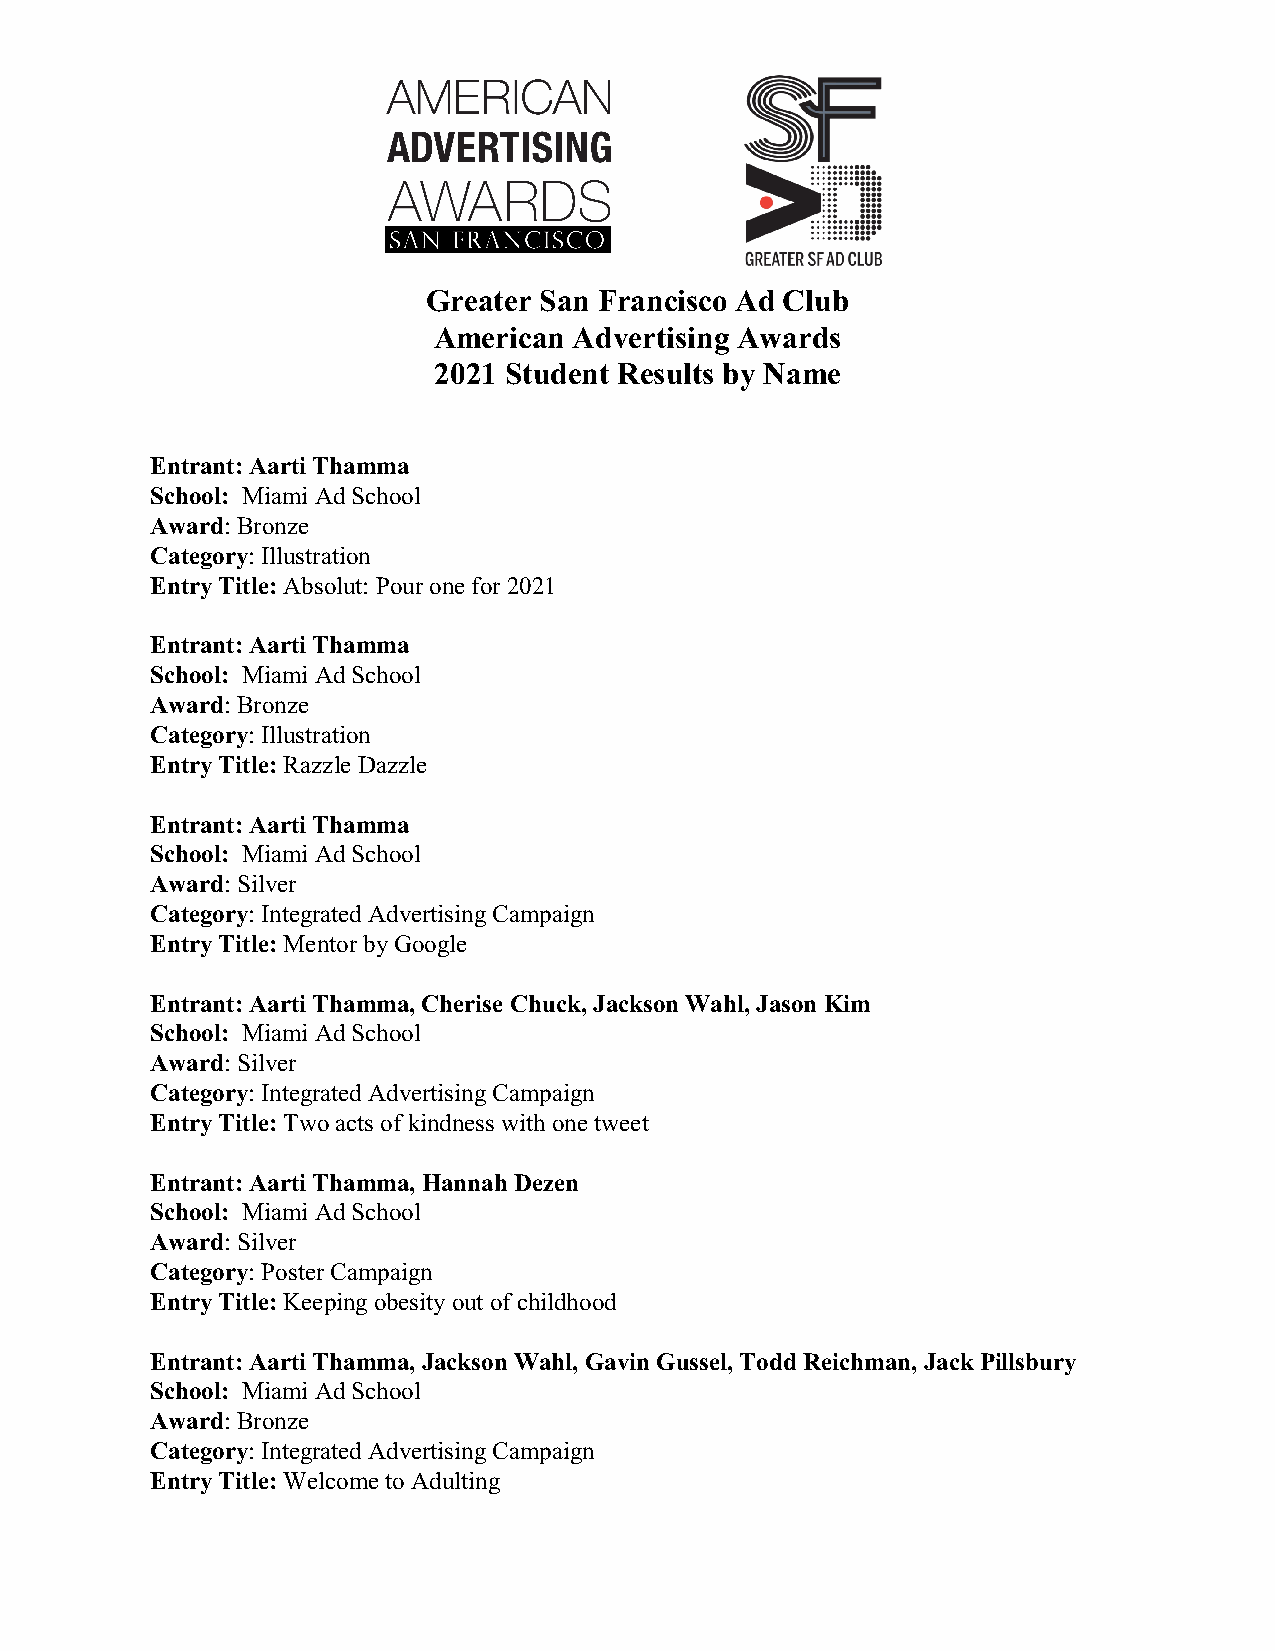
Greater San Francisco Ad Club
 American Advertising Awards
 2021 Student Results by Name
 Entrant: Aarti Thamma
 School: Miami Ad School
 Award: Bronze
 Category: Illustration
 Entry Title: Absolut: Pour one for 2021
 Entrant: Aarti Thamma
 School: Miami Ad School
 Award: Bronze
 Category: Illustration
 Entry Title: Razzle Dazzle
 Entrant: Aarti Thamma
 School: Miami Ad School
 Award: Silver
 Category: Integrated Advertising Campaign
 Entry Title: Mentor by Google
 Entrant: Aarti Thamma, Cherise Chuck, Jackson Wahl, Jason Kim
 School: Miami Ad School
 Award: Silver
 Category: Integrated Advertising Campaign
 Entry Title: Two acts of kindness with one tweet
 Entrant: Aarti Thamma, Hannah Dezen
 School: Miami Ad School
 Award: Silver
 Category: Poster Campaign
 Entry Title: Keeping obesity out of childhood
 Entrant: Aarti Thamma, Jackson Wahl, Gavin Gussel, Todd Reichman, Jack Pillsbury
 School: Miami Ad School
 Award: Bronze
 Category: Integrated Advertising Campaign
 Entry Title: Welcome to Adulting